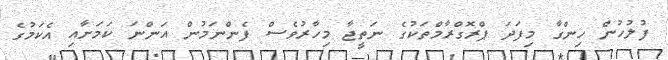
ފުލުހުން ހިންގާ މިފަދަ ޕްރޮގްރާމްތަކުގެ ނަތީޖާ މިހާރުވެސް ފެންނަމުން އަންނަ ކަމަށާއި އެކަމުގެ